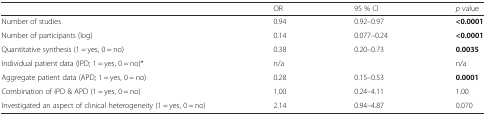
<table><thead><tr><td></td><td><b>OR</b></td><td><b>95 % CI</b></td><td><b><i>p</i> value</b></td></tr></thead><tbody><tr><td>Number of studies</td><td>0.94</td><td>0.92–0.97</td><td><b>&lt;0.0001</b></td></tr><tr><td>Number of participants (log)</td><td>0.14</td><td>0.077–0.24</td><td><b>&lt;0.0001</b></td></tr><tr><td>Quantitative synthesis (1 = yes, 0 = no)</td><td>0.38</td><td>0.20–0.73</td><td><b>0.0035</b></td></tr><tr><td>Individual patient data (IPD; 1 = yes, 0 = no)*</td><td>n/a</td><td></td><td>n/a</td></tr><tr><td>Aggregate patient data (APD; 1 = yes, 0 = no)</td><td>0.28</td><td>0.15–0.53</td><td><b>0.0001</b></td></tr><tr><td>Combination of IPD &amp; APD (1 = yes, 0 = no)</td><td>1.00</td><td>0.24–4.11</td><td>1.00</td></tr><tr><td>Investigated an aspect of clinical heterogeneity (1 = yes, 0 = no)</td><td>2.14</td><td>0.94–4.87</td><td>0.070</td></tr></tbody></table>